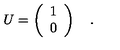
U = \left( \begin{array} { c } { 1 } \\ { 0 } \\ \end{array} \right) \quad .